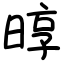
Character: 㬀